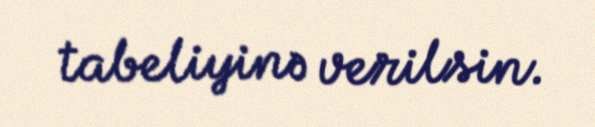
tabeliyinə verilsin.